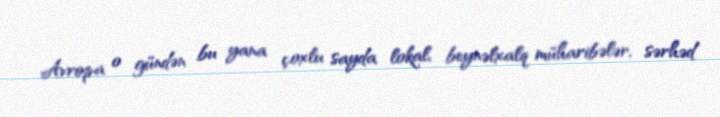
Avropa o gündən bu yana çoxlu sayda lokal, beynəlxalq müharibələr, sərhəd